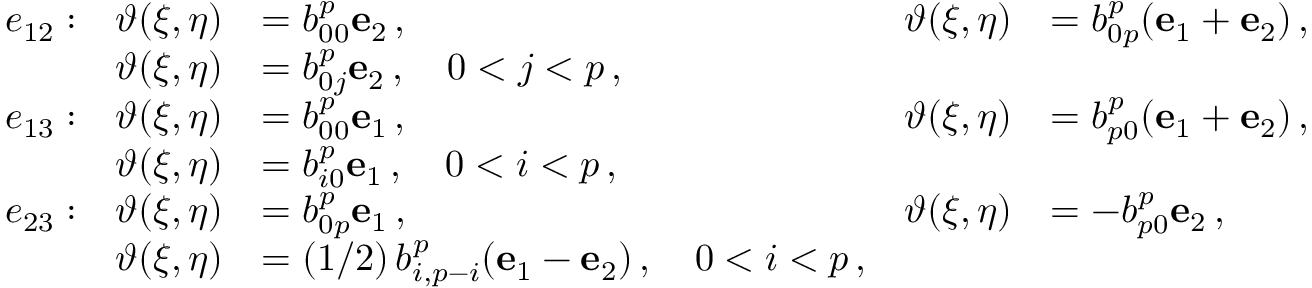
\begin{array} { r l r l r l } & { e _ { 1 2 } : } & { \boldsymbol { \vartheta } ( \xi , \eta ) } & { = b _ { 0 0 } ^ { p } \mathbf { e } _ { 2 } \, , } & { \boldsymbol { \vartheta } ( \xi , \eta ) } & { = b _ { 0 p } ^ { p } ( \mathbf { e } _ { 1 } + \mathbf { e } _ { 2 } ) \, , } \\ & { } & { \boldsymbol { \vartheta } ( \xi , \eta ) } & { = b _ { 0 j } ^ { p } \mathbf { e } _ { 2 } \, , \quad 0 < j < p \, , } \\ & { e _ { 1 3 } : } & { \boldsymbol { \vartheta } ( \xi , \eta ) } & { = b _ { 0 0 } ^ { p } \mathbf { e } _ { 1 } \, , } & { \boldsymbol { \vartheta } ( \xi , \eta ) } & { = b _ { p 0 } ^ { p } ( \mathbf { e } _ { 1 } + \mathbf { e } _ { 2 } ) \, , } \\ & { } & { \boldsymbol { \vartheta } ( \xi , \eta ) } & { = b _ { i 0 } ^ { p } \mathbf { e } _ { 1 } \, , \quad 0 < i < p \, , } \\ & { e _ { 2 3 } : } & { \boldsymbol { \vartheta } ( \xi , \eta ) } & { = b _ { 0 p } ^ { p } \mathbf { e } _ { 1 } \, , } & { \boldsymbol { \vartheta } ( \xi , \eta ) } & { = - b _ { p 0 } ^ { p } \mathbf { e } _ { 2 } \, , } \\ & { } & { \boldsymbol { \vartheta } ( \xi , \eta ) } & { = ( 1 / 2 ) \, b _ { i , p - i } ^ { p } ( \mathbf { e } _ { 1 } - \mathbf { e } _ { 2 } ) \, , \quad 0 < i < p \, , } \end{array}